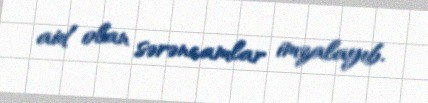
aid olan sərəncamlar imzalayıb.